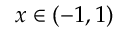
x \in ( - 1 , 1 )